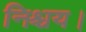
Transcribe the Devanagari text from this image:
निश्चय।